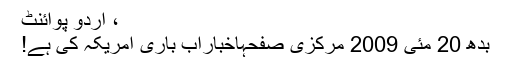
، اُردو پوائنٹ
بدھ 20 مئی 2009 مرکزی صفحہاخباراب باری امریکہ کی ہے!